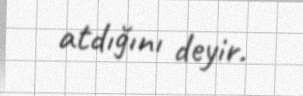
atdığını deyir.